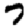
Digit: 7